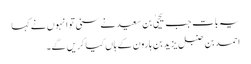
یہ بات جب یحییٰ بن سعید نے سنی تو انہوں نے کہا
احمد بن حنبل یزید بن ہارون کے ہاں کیا کریں گے۔